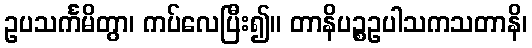
ဥပသင်္ကမိတွာ၊ ကပ်လေပြီး၍။ တာနိပဉ္စဥပါသကသတာနိ၊